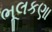
ભૂલકણા